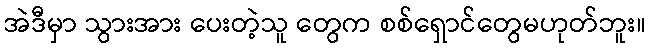
အဲဒီမှာ သွားအား ပေးတဲ့သူ တွေက စစ်ရှောင်တွေမဟုတ်ဘူး။